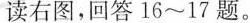
读右图，回答16～17题。